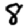
Digit: 8